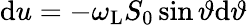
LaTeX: \mathrm{d}u=-\omega_{\mathrm{L}}S_{0}\sin\vartheta\mathrm{d}\vartheta